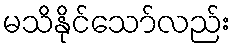
မသိနိုင်သော်လည်း